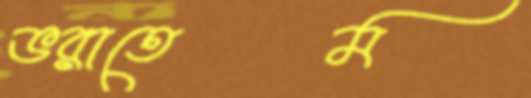
ভরাতেম